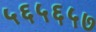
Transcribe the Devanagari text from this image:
५६५६५७